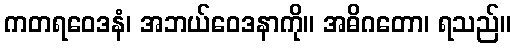
ကတရဝေဒနံ၊ အဘယ်ဝေဒနာကို။ အဓိဂတော၊ ရသည်။